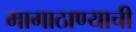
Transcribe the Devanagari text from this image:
मागाठाण्याची